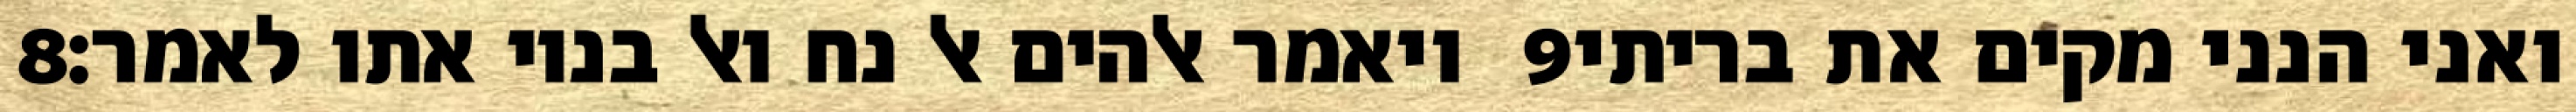
‎8‏ ויאמר אלהים אל נח ואל בניו אתו לאמר׃ ‎9‏ ואני הנני מקים את בריתי